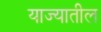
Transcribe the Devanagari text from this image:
याज्यातील